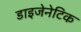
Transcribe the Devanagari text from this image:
डाइजेनेटिक